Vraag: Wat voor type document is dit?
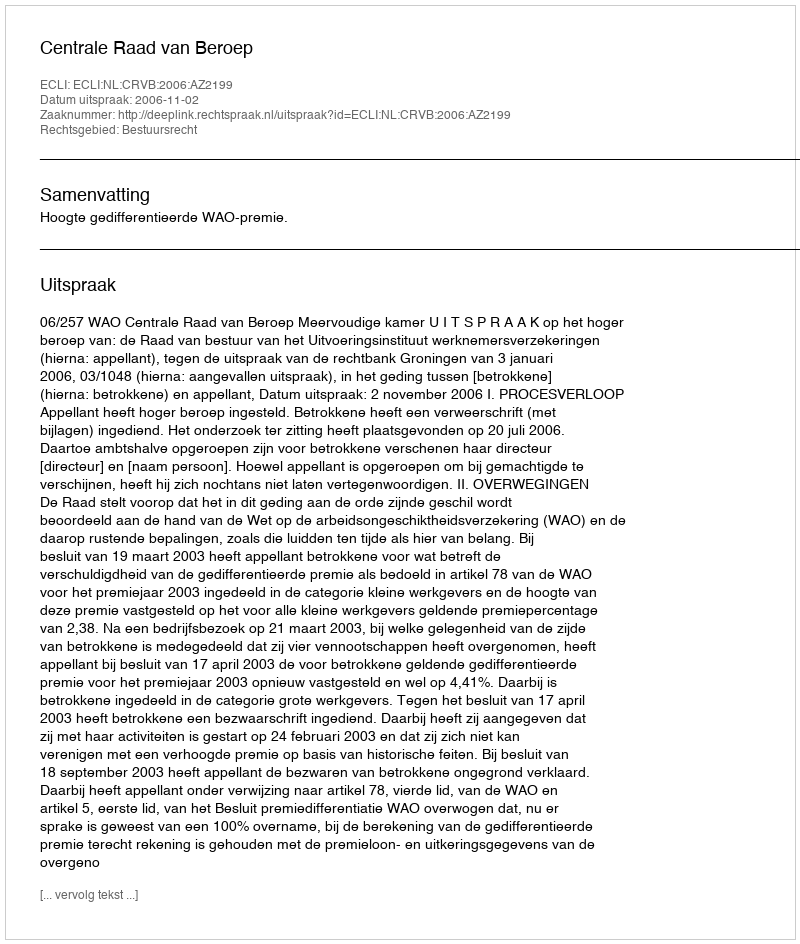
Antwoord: Uitspraak